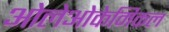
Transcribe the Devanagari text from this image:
ओलेओकेमिकल